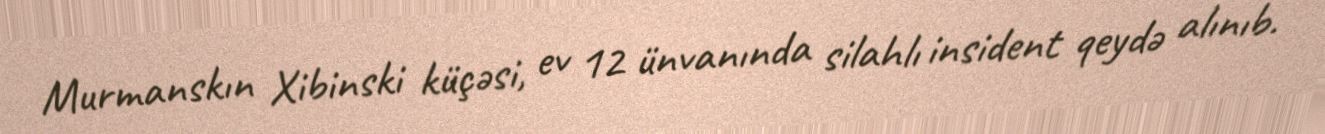
Murmanskın Xibinski küçəsi, ev 12 ünvanında silahlı insident qeydə alınıb.